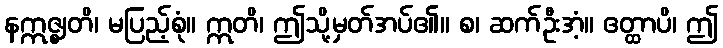
နဣဇ္ဈတိ၊ မပြည့်စုံ။ ဣတိ၊ ဤသို့မှတ်အပ်၏။ စ၊ ဆက်ဦးအံ့။ ဧတ္ထာပိ၊ ဤ